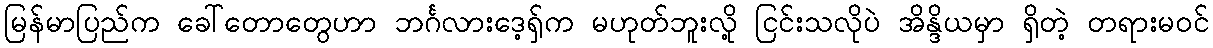
မြန်မာပြည်က ခေါ်တောတွေဟာ ဘင်္ဂလားဒေ့ရှ်က မဟုတ်ဘူးလို့ ငြင်းသလိုပဲ အိန္ဒိယမှာ ရှိတဲ့ တရားမဝင်